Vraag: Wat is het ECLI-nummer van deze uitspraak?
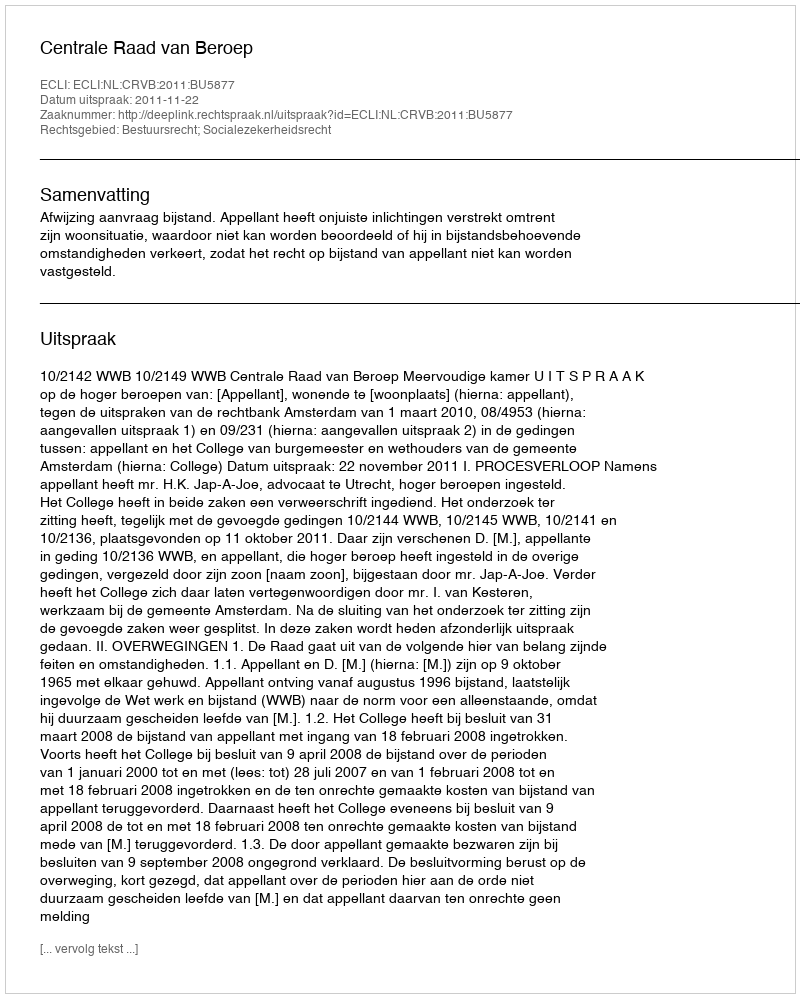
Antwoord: ECLI:NL:CRVB:2011:BU5877